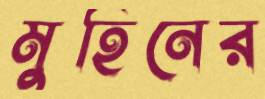
মুহিনের